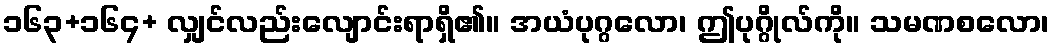
၁၆၃+၁၆၄+ လျှင်လည်းလျောင်းရာရှိ၏။ အယံပုဂ္ဂလော၊ ဤပုဂ္ဂိုလ်ကို။ သမဏစလော၊